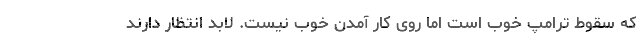
که سقوط ترامپ خوب است اما روی کار آمدن خوب نیست. لابد انتظار دارند